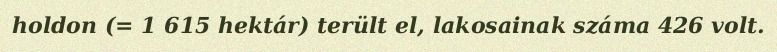
holdon (= 1 615 hektár) terült el, lakosainak száma 426 volt.